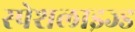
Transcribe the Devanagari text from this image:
स्पेशलाइज्ड